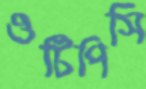
ওটিপিসি